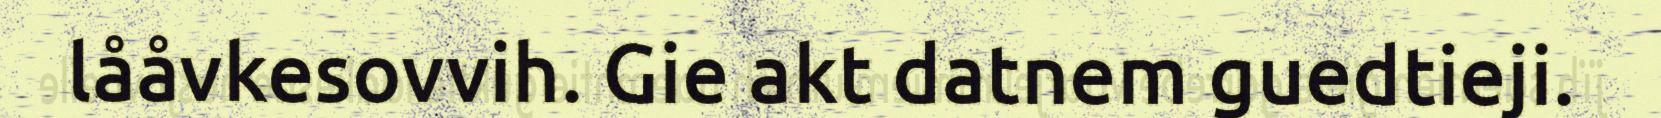
lååvkesovvih. Gie akt datnem guedtieji.